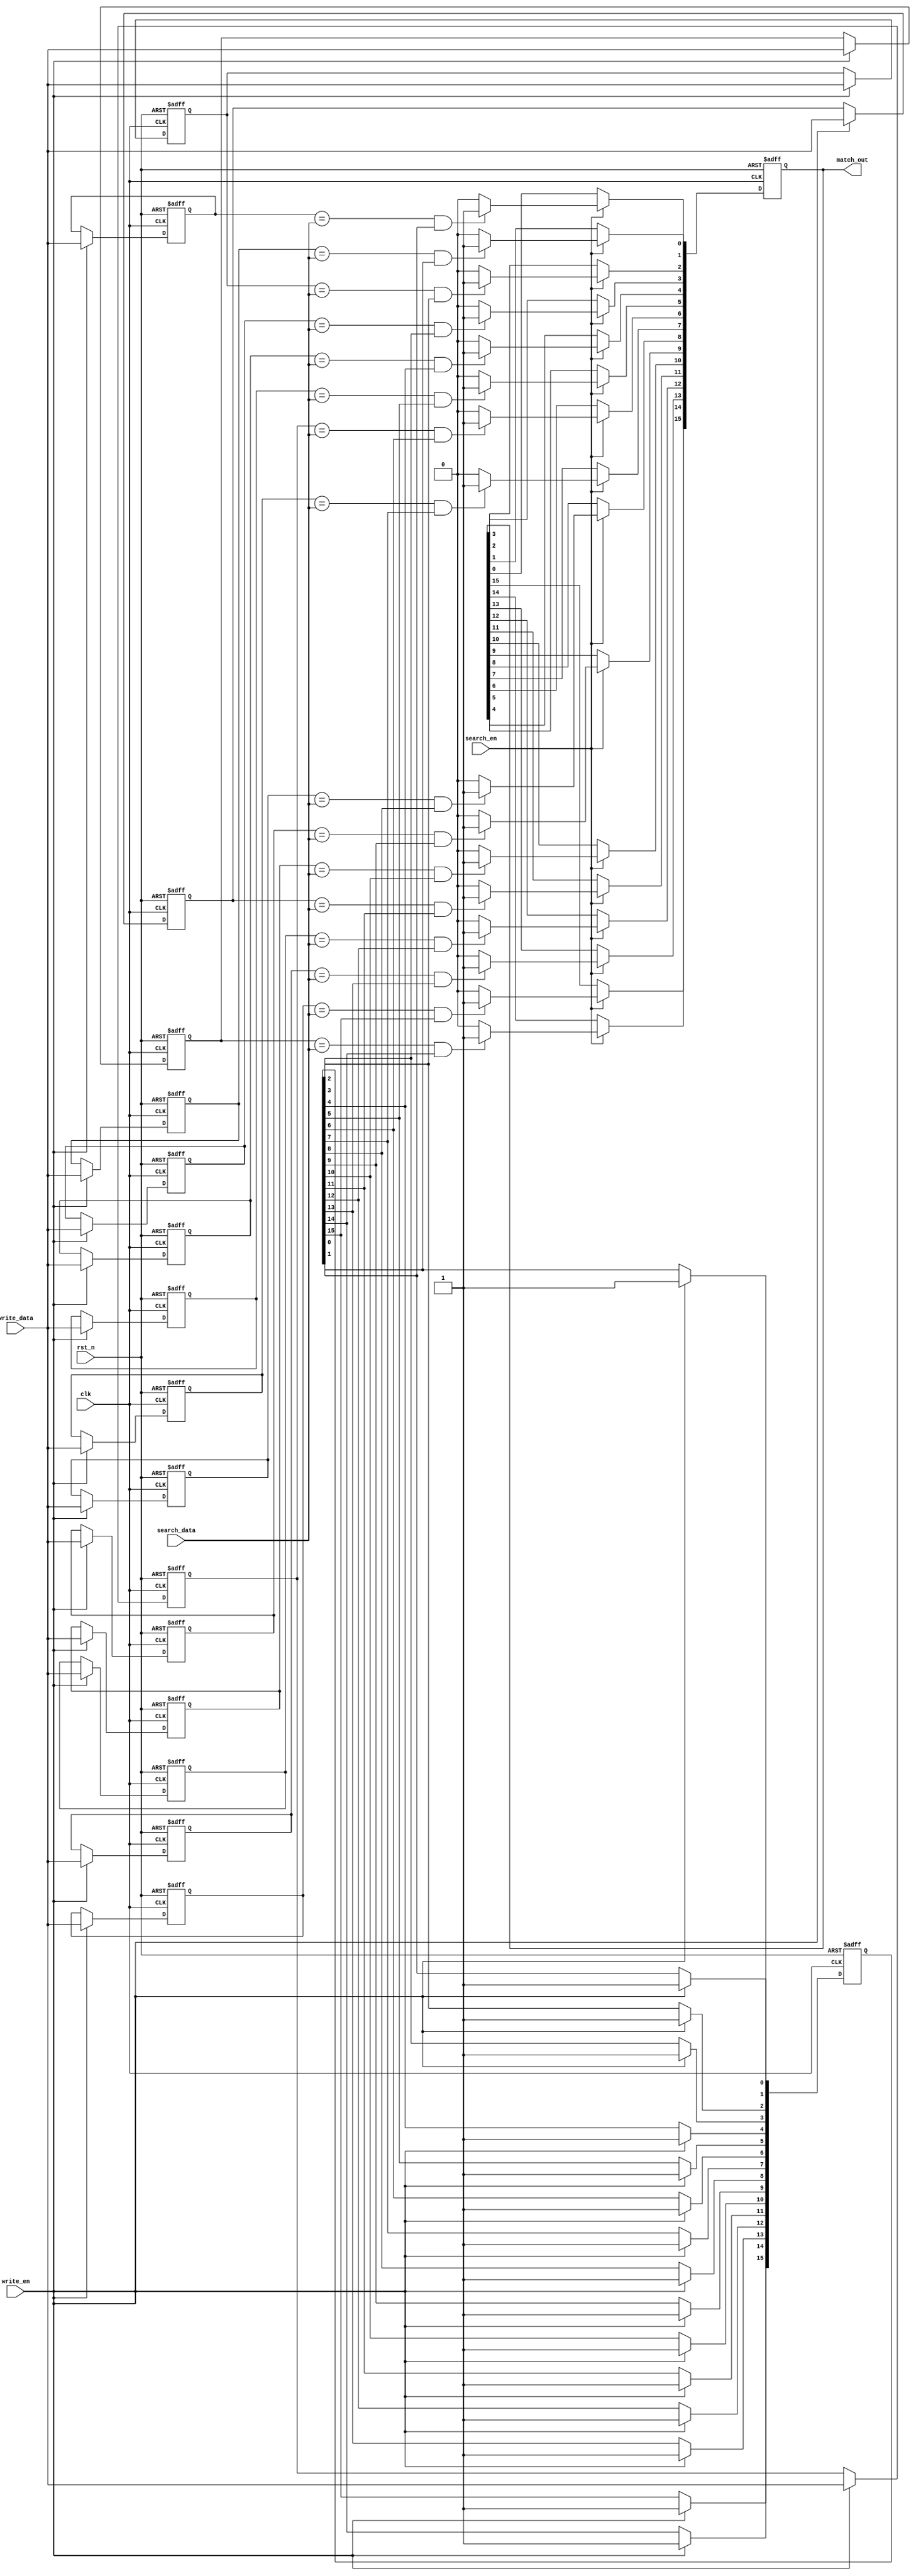
module CAM #(
    parameter N = 8,        // Width of data entries
    parameter ROWS = 16     // Number of entries in the CAM
) (
    input wire clk,             // Clock signal
    input wire rst_n,           // Asynchronous reset (active low)
    input wire [N-1:0] search_data, // Data to search for
    input wire search_en,       // Search enable signal
    input wire [N-1:0] write_data,  // Data to write
    input wire write_en,        // Write enable signal
    output reg [ROWS-1:0] match_out // Output match signals for each row
);

    // Memory array to store CAM entries
    reg [N-1:0] cam_memory [0:ROWS-1];
    reg [ROWS-1:0] valid; // Validity signals for each entry

    integer i;

    // Asynchronous reset and write operation
    always @(posedge clk or negedge rst_n) begin
        if (!rst_n) begin
            // Initialize CAM entries to zero and validity to low
            for (i = 0; i < ROWS; i = i + 1) begin
                cam_memory[i] <= {N{1'b0}};
                valid[i] <= 1'b0;
            end
            match_out <= {ROWS{1'b0}};
        end else begin
            // Write operation
            if (write_en) begin
                for (i = 0; i < ROWS; i = i + 1) begin
                    cam_memory[i] <= write_data; // Overwrite with new data
                    valid[i] <= 1'b1; // Mark entry as valid
                end
            end

            // Search operation
            if (search_en) begin
                match_out <= {ROWS{1'b0}}; // Clear previous match output
                for (i = 0; i < ROWS; i = i + 1) begin
                    if (cam_memory[i] == search_data && valid[i]) begin
                        match_out[i] <= 1'b1; // Set match signal for the row
                    end
                end
            end
        end
    end

endmodule